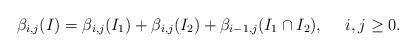
LaTeX: \begin{align*}\beta_{i,j}(I)=\beta_{i,j}(I_1)+\beta_{i,j}(I_2)+\beta_{i-1,j}(I_1\cap I_2),\ \ \ \ i,j\ge0.\end{align*}